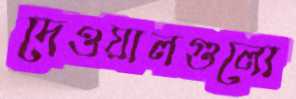
দেওয়ালগুলো